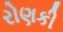
રોણકી